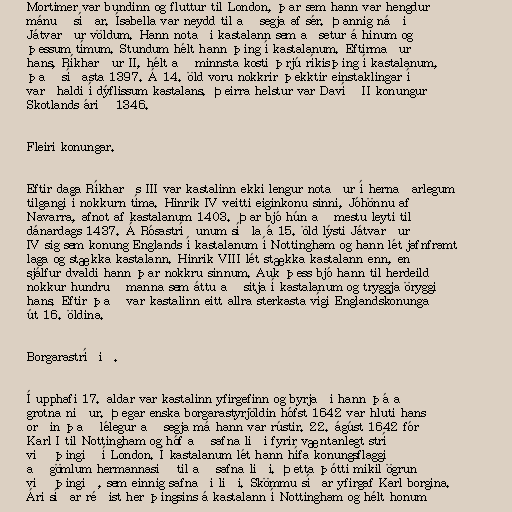
Mortimer var bundinn og fluttur til London, þar sem hann var hengdur
mánuð síðar. Ísabella var neydd til að segja af sér. Þannig náði
Játvarður völdum. Hann notaði kastalann sem aðsetur á hinum og
þessum tímum. Stundum hélt hann þing í kastalanum. Eftirmaður
hans, Ríkharður II, hélt að minnsta kosti þrjú ríkisþing í kastalanum,
það síðasta 1397. Á 14. öld voru nokkrir þekktir einstaklingar í
varðhaldi í dýflissum kastalans. Þeirra helstur var Davíð II konungur
Skotlands árið 1346.

Fleiri konungar.

Eftir daga Ríkharðs III var kastalinn ekki lengur notaður í hernaðarlegum
tilgangi í nokkurn tíma. Hinrik IV veitti eiginkonu sinni, Jóhönnu af
Navarra, afnot af kastalanum 1403. Þar bjó hún að mestu leyti til
dánardags 1437. Á Rósastríðunum síðla á 15. öld lýsti Játvarður
IV sig sem konung Englands í kastalanum í Nottingham og hann lét jafnframt
laga og stækka kastalann. Hinrik VIII lét stækka kastalann enn, en
sjálfur dvaldi hann þar nokkru sinnum. Auk þess bjó hann til herdeild
nokkur hundruð manna sem áttu að sitja í kastalanum og tryggja öryggi
hans. Eftir það var kastalinn eitt allra sterkasta vígi Englandskonunga
út 16. öldina.

Borgarastríðið.

Í upphafi 17. aldar var kastalinn yfirgefinn og byrjaði hann þá að
grotna niður. Þegar enska borgarastyrjöldin hófst 1642 var hluti hans
orðin það lélegur að segja má hann var rústir. 22. ágúst 1642 fór
Karl I til Nottingham og hóf að safna liði fyrir væntanlegt stríð
við þingið í London. Í kastalanum lét hann hífa konungsflaggið
að gömlum hermannasið til að safna liði. Þetta þótti mikil ögrun
við þingið, sem einnig safnaði liði. Skömmu síðar yfirgaf Karl borgina.
Ári síðar réðist her þingsins á kastalann í Nottingham og hélt honum